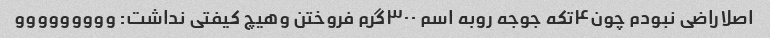
اصلاراضی نبودم چون۴تکه جوجه روبه اسم ۳۰۰گرم فروختن وهیچ کیفتی نداشت: ووووووووو